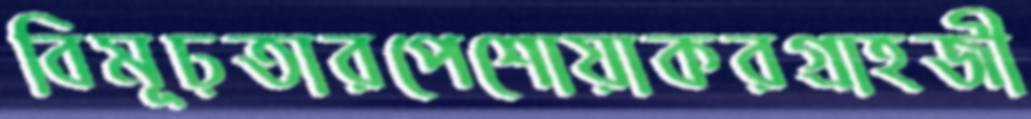
বিমূঢ়তারপেশোয়াকরগ্রাহজী